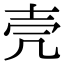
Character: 壳